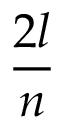
\frac { 2 l } { n }